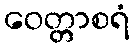
ဝေတ္တာစရံ